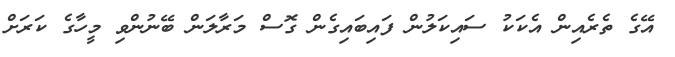
އޭގެ ތެރެއިން އެކަކު ސައިކަލުން ފައިބައިގެން ގޮސް މަރާލަން ބޭނުންވި މީހާގެ ކަރަށް